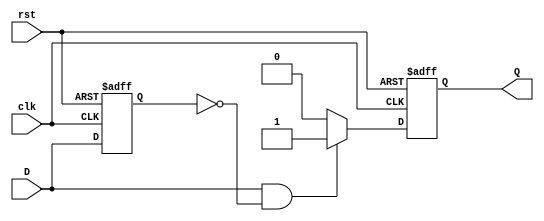
module edge_detector (
    input wire clk,      // Clock signal
    input wire rst,      // Reset signal
    input wire D,        // Input signal to detect rising edge
    output reg Q         // Output pulse signal
);

    reg D_prev;          // Previous state of the input signal

    // Always block triggered on the rising edge of the clock or reset
    always @(posedge clk or posedge rst) begin
        if (rst) begin
            D_prev <= 1'b0; // Reset previous state to low
            Q <= 1'b0;      // Reset output pulse to low
        end else begin
            // Rising edge detection
            if (D == 1'b1 && D_prev == 1'b0) begin
                Q <= 1'b1;  // Generate pulse on rising edge
            end else begin
                Q <= 1'b0;  // Clear pulse otherwise
            end
            
            // Update previous state
            D_prev <= D;    // Store current state for next comparison
        end
    end

endmodule